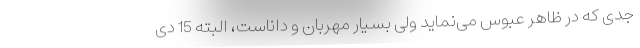
جدی که در ظاهر عبوس می‌نماید ولی بسیار مهربان و داناست، البته 15 دی